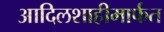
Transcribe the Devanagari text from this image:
आदिलशाहीमार्फत